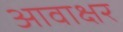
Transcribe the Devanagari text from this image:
आवाक्षर